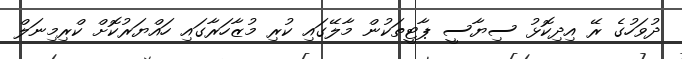
ދުވަހުގެ ރޭ އިދިކޮޅު ސިޔާސީ ޕާޓީތަކުން މާލޭގައި ކުރި މުޒާހަރާގައި ހައްޔަރުކޮށް ކްރިމިނަލް